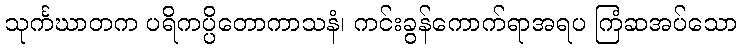
သုင်္ကဃာတက ပရိကပ္ပိတောကာသနံ၊ ကင်းခွန်ကောက်ရာအရပ ကြံဆအပ်သော